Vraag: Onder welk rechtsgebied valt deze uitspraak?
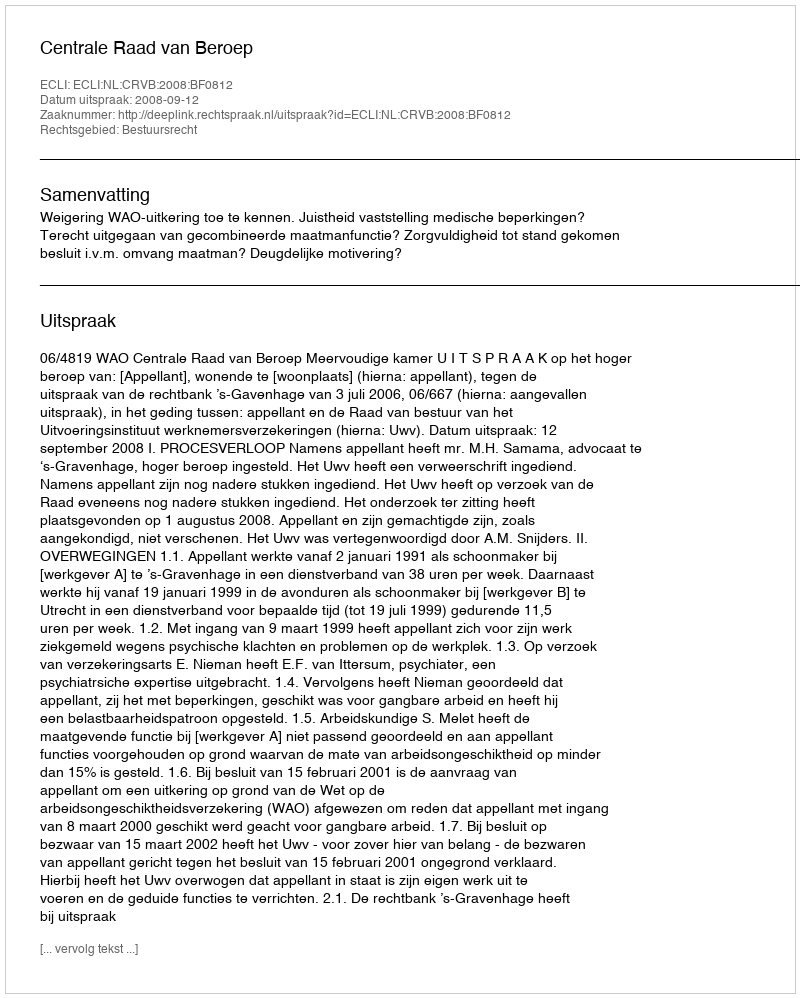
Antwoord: Bestuursrecht